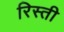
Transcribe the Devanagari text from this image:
रिस्ती